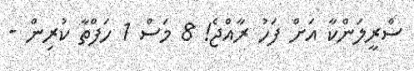
ސްރީލަންކާ އަށް ފަހު ރާއްޖެ! 8 މަސް 1 ހަފްތާ ކުރިން -